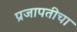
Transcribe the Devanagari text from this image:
प्रजापतीचा